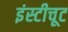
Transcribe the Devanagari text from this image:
इंस्टीचूट